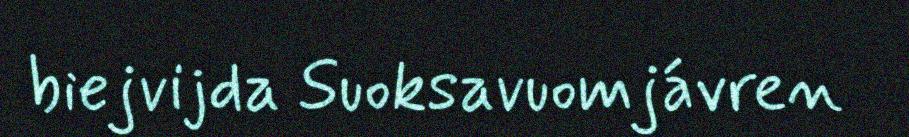
biejvijda Suoksavuomjávren